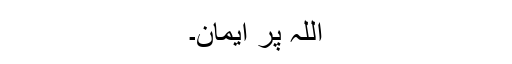
اللہ پر ایمان۔